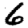
Digit: 6